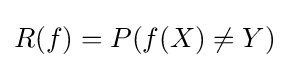
R(f)=P(f(X)\neq Y)